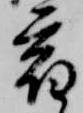
宿